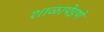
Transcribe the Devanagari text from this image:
शाळापेडणे